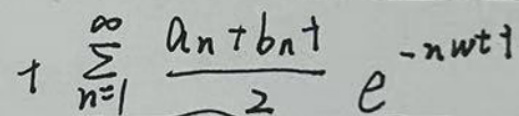
\[ + \sum_{n = 1}^{\infty} \frac{a_{n} + b_{n} i}{2} e^{-in\omega t i} \]